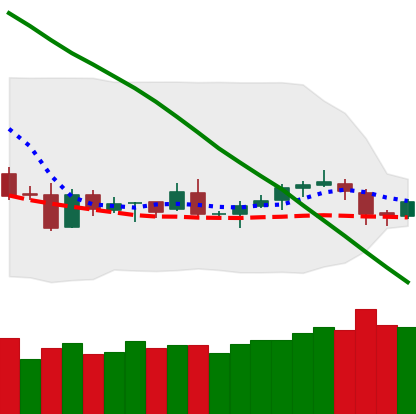
Ticker: LTC-USD
Chart end date: 2019-01-30
Forward return: 6.82%
Label: up_5_7